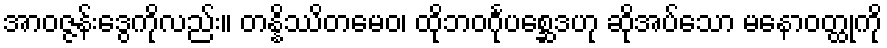
အာဝဇ္ဇန်းဒွေကိုလည်း။ တန္နိဿိတမေဝ၊ ထိုဘဝင်္ဂုပစ္ဆေဒဟု ဆိုအပ်သော မနောဝတ္ထုကို